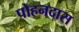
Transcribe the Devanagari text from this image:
पोहनदास